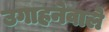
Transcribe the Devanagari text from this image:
उगाहनेवाले